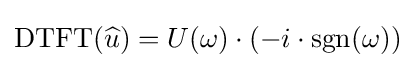
\operatorname {DTFT} ({\widehat {u}})=U(\omega )\cdot (-i\cdot \operatorname {sgn} (\omega ))